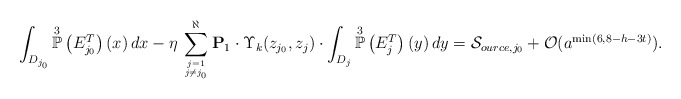
\begin{align*}\int_{D_{j_{0}}} \overset{3}{\mathbb{P}}\left(E^{T}_{j_{0}}\right)(x) \, dx - \eta \, \sum_{j=1 \atop j \neq j_{0}}^{\aleph} {\bf{P}}_{1} \cdot \Upsilon_{k}(z_{j_{0}},z_{j}) \cdot \int_{D_{j}} \overset{3}{\mathbb{P}}\left(E^{T}_j\right)(y)\, dy = \mathcal{S}_{ource, j_0}+\mathcal{O}(a^{\min(6,8-h-3t)}).\end{align*}